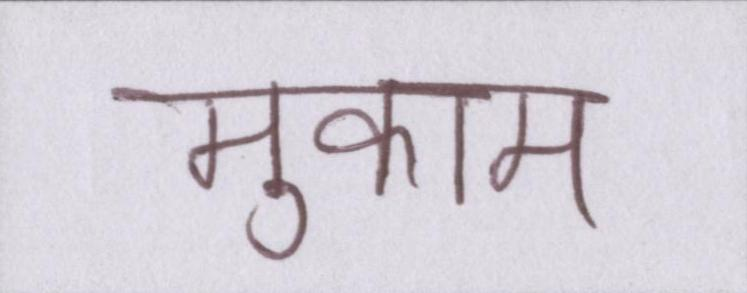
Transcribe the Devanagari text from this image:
मुकाम